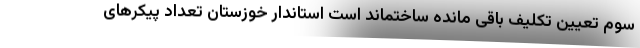
سوم تعیین تکلیف باقی مانده ساختماند است استاندار خوزستان تعداد پیکرهای